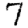
Digit: 7